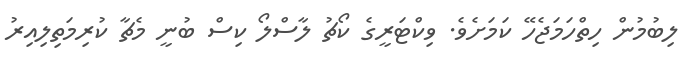
ލިބުމުން ހިތްހަމަޖެހޭ ކަމަށެވެ. ވިކްޓަރީގެ ކޯޗު ލާސްލޯ ކިސް ބުނީ މެޗާ ކުރިމަތިލިއިރު